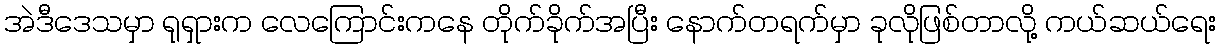
အဲဒီဒေသမှာ ရုရှားက လေကြောင်းကနေ တိုက်ခိုက်အပြီး နောက်တရက်မှာ ခုလိုဖြစ်တာလို့ ကယ်ဆယ်ရေး